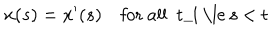
x ( s ) = x ^ { \prime } ( s ) \quad \mathrm { f o r ~ a l l ~ t _ { i } ~ \le ~ s ~ < ~ t ~ }